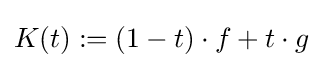
K(t):=(1-t)\cdot f+t\cdot g